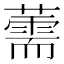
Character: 薷